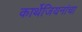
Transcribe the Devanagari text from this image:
कार्थेजियनांचा